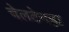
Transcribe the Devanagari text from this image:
चेलटेनह्म